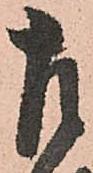
左